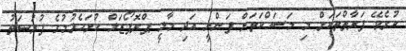
ކުރެވޭ ފަރާތްތަކަށް މި މަސައްކަތަށް ފަންނީ އަދި މާލީ ޕްރޮޕޯޒަލް ހުށަހެޅުމުގެ ފުރުޞަތު